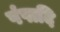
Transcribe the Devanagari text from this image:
पंपादि